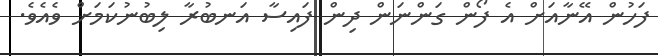
ފަހުން އޭނާއަށް އެ ފޯން ގަންނަން ދިން ފައިސާ އަނބުރާ ލިބުނުކަމަށް ވެއެވެ.